Vaccination in the Punjab 1883-1896 - 1883-1896
Year: 1883
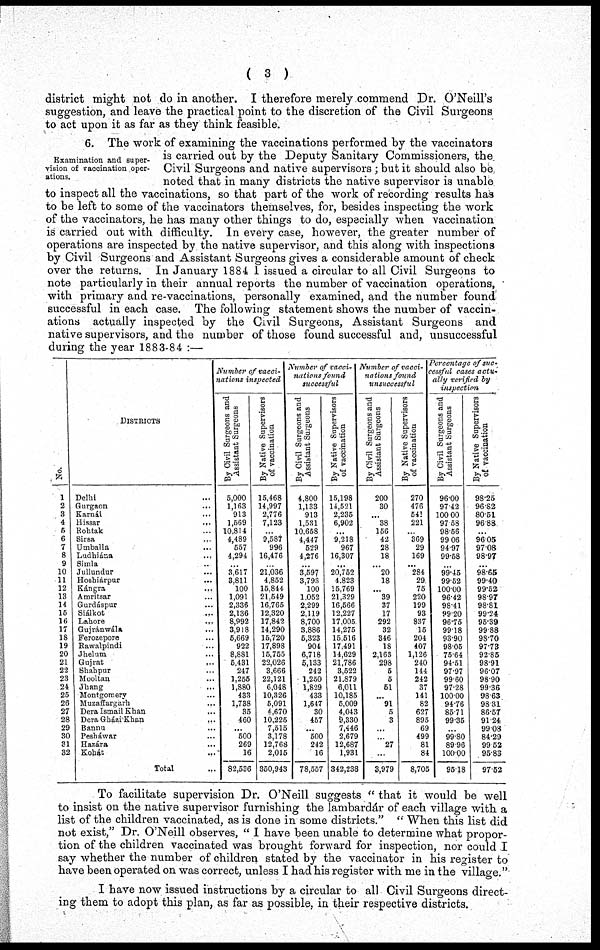
( 3 )
district might not do in another. I therefore merely commend Dr. O'Neill's
suggestion, and leave the practical point to the discretion of the Civil Surgeons
to act upon it as far as they think feasible.
Examination and super-
vision of vaccination oper-
ations.
6. The work of examining the vaccinations performed by the vaccinators
is carried out by the Deputy Sanitary Commissioners, the
Civil Surgeons and native supervisors; but it should also be
noted that in many districts the native supervisor is unable
to inspect all the vaccinations, so that part of the work of recording results has
to be left to some of the vaccinators themselves, for, besides inspecting the work
of the vaccinators, he has many other things to do, especially when vaccination
is carried out with difficulty. In every case, however, the greater number of
operations are inspected by the native supervisor, and this along with inspections
by Civil Surgeons and Assistant Surgeons gives a considerable amount of check
over the returns. In January 1884 I issued a circular to all Civil Surgeons to
note particularly in their annual reports the number of vaccination operations,
with primary and re-vaccinations, personally examined, and the number found
successful in each case. The following statement shows the number of vaccin-
ations actually inspected by the Civil Surgeons, Assistant Surgeons and
native supervisors, and the number of those found successful and, unsuccessful
during the year 1883-84 :—
No.
1
2
3
4
5
6
7
8
9
10
11
12
13
14
15
16
17
18
19
20
21
22
23
24
26
26
27
28
29
30
31
32
DISTRICTS
Delhi ...
Gurgaon.
...
Karnál ...
Hissar ...
Rohtak ...
Sirsa ...
Umballa ...
Ludhiána ...
Simla ...
Jullundur ...
Hoshiárpur ...
Kángra ...
Amritsar ...
Gurdáspur ...
Siálkot ...
Lahore ...
Gujránwála ...
Ferorepore ...
Rawalpindi
Jhelum ...
Gujrat
...
Shahpur ...
Mooltan ...
Jhang ...
Montgomery ...
Muzaffargarh ...
Dera Ismail Khan ...
Dera Gházi Khan
...
Bannu ...
Pesháwar ...
Hazára
Kohát ...
Total ...
Number of vacci-
nations inspected
By Civil Surgeons and
Assistant Surgeons
5,000
1,163
913
1,569
10,814
4,489
557
4,294
... 3,617
3,811
100
1,091
2,336
2,136
8,992
3,918
5,669
922
8,881
5,431
247
1,255
1,880
433
1,738
35
460
...
500
269
16
82,536
By Native Supervisors
of vaccination
15,468
14,997
2,776
7,123
...
9,587
996
16,476
...
21,036
4,852
15,844
21,549
16,765
12,320
17,842
14,290
15,720
17,898
15,755
22,026
3,666
22,121
6,048
10,326
5,091
4,670
10,225
7,515
3,178
12,768
2,015
350,943
Number of vacci¬
nations found
successful
By Civil Surgeons and
Assistant Surgeons
4,800
1,133
913
1,531
10,658
4,447
529
4,276
... 3,597
3,793
100
1,052
2,299
2,119
8,700
3,886
5,323
904
6,718
5,133
242
1,250
1,829
433
1,647
30
467
...
500
242
16
78,557
By Native Supervisors
of vaccination
15,198
14,521
2,235
6,902
...
9,218
967
16,307
...
20,752
4.823
15,769
21,329
16,566
12,227
17,005
14,275
15,516
17,491
14,629
21,786
3,522
21,879
6,011
10,185
5,009
4,043
9,330
7,446
2,679
12,687
1,931
342,238
Number of vacci-
nations found
unsuccessful
By Civil Surgeons and
Assistant Surgeons
200
30
...
38
156
42
28
18
... 20
18
...
39
37
17
292
32
346
18
2,163
298
5
5
51
...
91
5
3
...
...
27
...
3,979
By Native Supervisors
of vaccination
270
476
541
221
...
369
29
169
...
284
29
75
220
199
93
837
15
204
407
1,126
240
144
242
37
141
82
627
895
69
499
81
84
8,705
Percentage of suc-
cessful cases actu-
ally verified by
inspection
By Civil Surgeons and
Assistant Surgeons
96.00
97.42
100.00
97.58
98.56
99.06
94.97
99.58
...
99.45
99.52
100.00
96.42
98.41
99.20
96.75
99.18
93.90
98.05
75.64
94.51
97.97
99.60
97.28
100.00
94.76
85.71
99.35
...
99.80
89.96
100.00
95.18
By Native Supervisors
of vaccination
98.25
96.82
80.51
96.88
...
96.05
97.08
98.97
...
98.65
99.40
99.52
98.97
98.81
99.24
95.39
99.88
98.70
97.73
92.85
98.91
96.07
98.90
99.36
98.63
98.31
86.57
91.24
99.08
84.29
99.52
95.83
97.52
To facilitate supervision Dr. O'Neill suggests " that it would be well
to insist on the native supervisor furnishing the lambardár of each village with a
list of the children vaccinated, as is done in some districts." " When this list did
not exist," Dr. O'Neill observes, " I have been unable to determine what propor-
tion of the children vaccinated was brought forward for inspection, nor could I
say whether the number of children stated by the vaccinator in his register to
have been operated on was correct, unless I had his register with me in the village."
I have now issued instructions by a circular to all Civil Surgeons direct-
ing them to adopt this plan, as far as possible, in their respective districts.